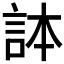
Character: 𧦹